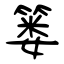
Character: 篓